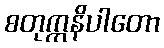
စတုက္ကနိပါတော